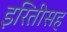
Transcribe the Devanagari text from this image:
इरितीसह